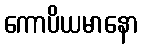
ကောပိယမာနော